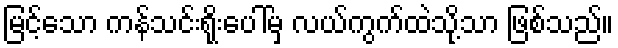
မြင့်သော ကန်သင်းရိုးပေါ်မှ လယ်ကွက်ထဲသို့သာ ဖြစ်သည်။